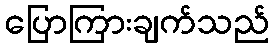
ပြောကြားချက်သည်